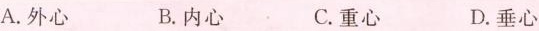
A.外心 B.内心 C.重心 D.垂心